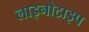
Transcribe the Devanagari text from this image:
लाइनोटाइप